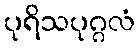
ပုရိသပုဂ္ဂလံ